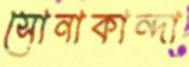
সোনাকান্দা